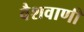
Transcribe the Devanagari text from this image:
वैशवाणी